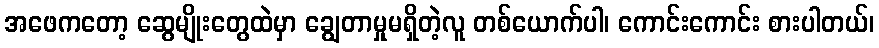
အဖေကတော့ ဆွေမျိုးတွေထဲမှာ ချွေတာမှုမရှိတဲ့လူ တစ်ယောက်ပါ၊ ကောင်းကောင်း စားပါတယ်၊